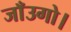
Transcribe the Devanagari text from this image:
जाँउगो।